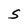
Character: S